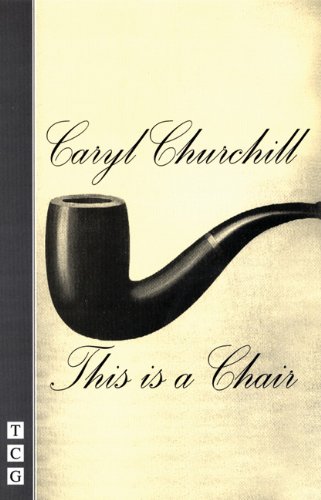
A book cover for This Is a Chair; Caryl Churchill; Literature & Fiction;